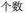
个数